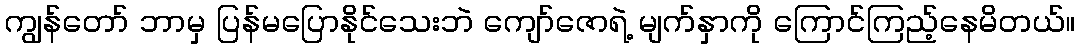
ကျွန်တော် ဘာမှ ပြန်မပြောနိုင်သေးဘဲ ကျော်ဇောရဲ့ မျက်နှာကို ကြောင်ကြည့်နေမိတယ်။